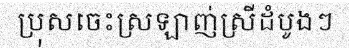
ប្រុសចេះស្រឡាញ់ស្រីដំបូងៗ